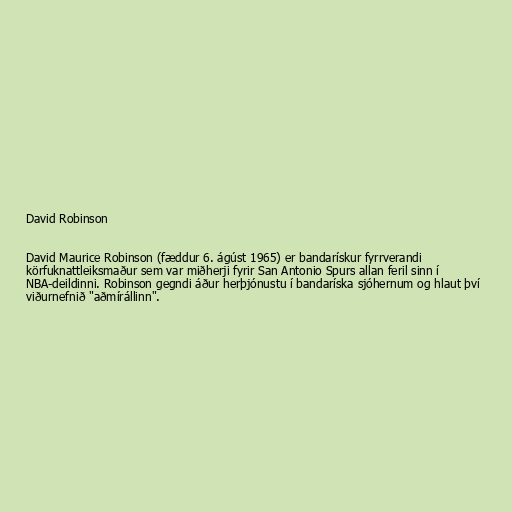
David Robinson

David Maurice Robinson (fæddur 6. ágúst 1965) er bandarískur fyrrverandi
körfuknattleiksmaður sem var miðherji fyrir San Antonio Spurs allan feril sinn í
NBA-deildinni. Robinson gegndi áður herþjónustu í bandaríska sjóhernum og hlaut því
viðurnefnið "aðmírállinn".